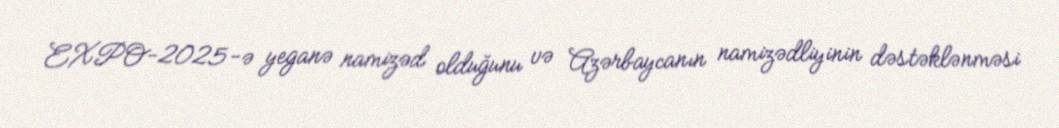
EXPO-2025-ə yeganə namizəd olduğunu və Azərbaycanın namizədliyinin dəstəklənməsi